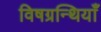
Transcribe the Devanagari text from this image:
विषग्रन्थियाँ